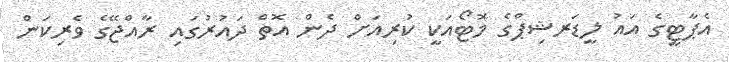
އެޕާޓީގެ އައު ލީޑަރޝިޕްގެ މޮޓޯއަކީ ކުރިއަށް ދެން އޮތް ދައުރުގައި ރާއްޖޭގެ ވެރިކަން